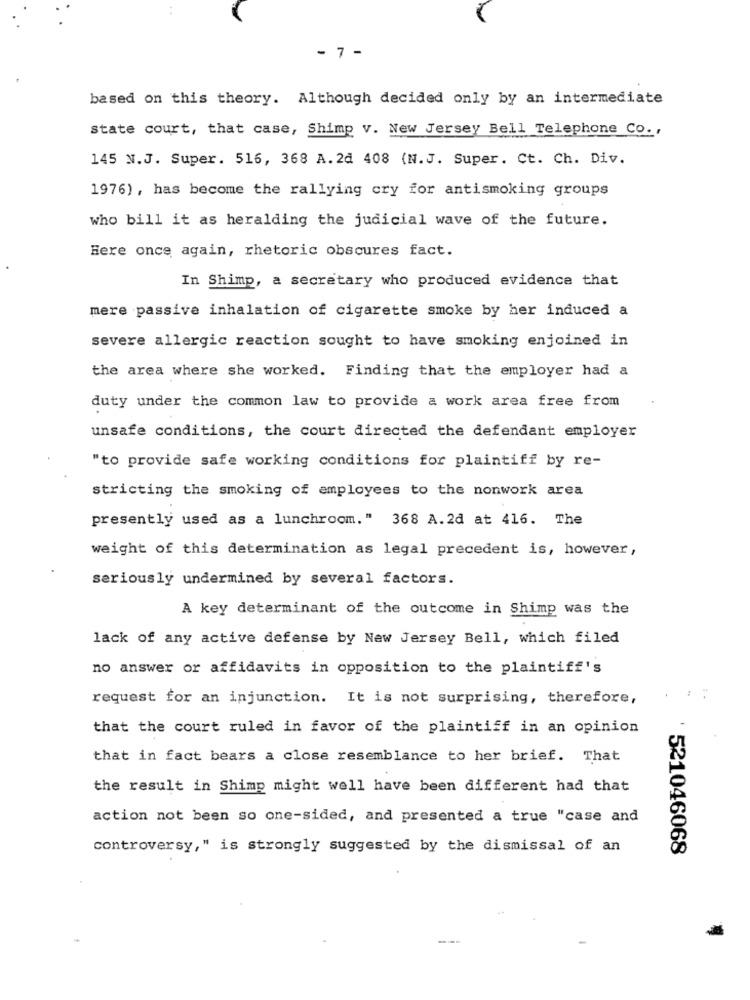
- 7 -
based on this theory. Although decided only by an intermediate
state court, that case, Shimp v. New Jersey Bell Telephone Co. ,
145 N.J. Super. 516, 368 A.2d 408 (N.J. Super. Ct. Ch. Div.
1976), has become the rallying cry for antismoking groups
who bill it as heralding the judicial wave of the future.
Here once again, rhetoric obscures fact.
In Shimp, a secretary who produced evidence that
mere passive inhalation of cigarette smoke by her induced a
severe allergic reaction sought to have smoking enjoined in
the area where she worked. Finding that the employer had a
duty under the common law to provide a work area free from
unsafe conditions, the court directed the defendant employer
"to provide safe working conditions for plaintiff by re-
stricting the smoking of employees to the nonwork area
presently used as a lunchroom." 368 A.2d at 416. The
weight of this determination as legal precedent is, however,
seriously undermined by several factors.
A key determinant of the outcome in Shimp was the
lack of any active defense by New Jersey Bell, which filed
no answer or affidavits in opposition to the plaintiff's
request for an injunction. It is not surprising, therefore,
that the court ruled in favor of the plaintiff in an opinion
that in fact bears a close resemblance to her brief. That
the result in Shimp might well have been different had that
action not been so one-sided, and presented a true "case and
controversy," is strongly suggested by the dismissal of an
521046068